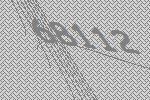
68112